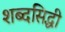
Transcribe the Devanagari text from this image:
शब्दसिद्धी